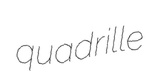
quadrille